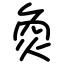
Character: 烉